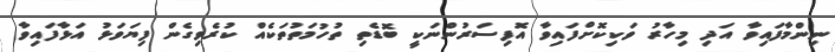
ނިންމާފައިވާ އަދި މިހާރު ވަކިކޮށްފައިވާ އޮފިސަރުންނަކީ ބޮޑެތި ތުހުމަތުތަކެއް ކުރެވިގެން ފިޔަވަޅު އަޅާފައިވާ